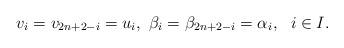
LaTeX: \begin{align*}v_i=v_{2n+2-i}=u_i, \ \beta_{i}=\beta_{2n+2-i}=\alpha_{i}, \ \ i\in I.\end{align*}